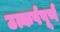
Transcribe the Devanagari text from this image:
उत्कर्षपूर्ण